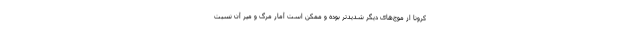
کرونا از موج‌های دیگر شدیدتر بوده و ممکن است آمار مرگ و میر آن نسبت